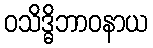
ဝသိဒ္ဓိဘာဝနာယ